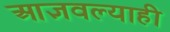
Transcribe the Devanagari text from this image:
आज्ञवल्याही